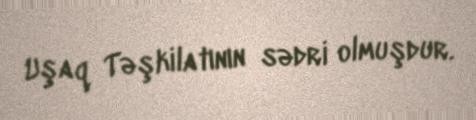
Uşaq Təşkilatının sədri olmuşdur.